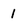
Character: 1